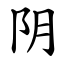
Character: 阴